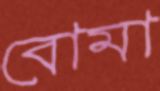
বোমা